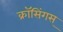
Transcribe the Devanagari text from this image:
क्रॉसिंगस्